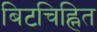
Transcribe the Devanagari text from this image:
बिटचिह्नित